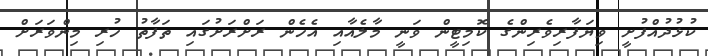
ކުޅުދުއްފުށީ ވިޔަފާރިވެރިންގެ ކޮމިޓީން ވަނީ މާލެއާއި އެހެން ރަށްރަށުގައި ތަފާތު ހުރި މިންވަރަށް